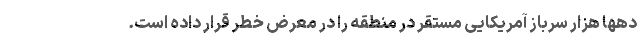
دهها هزار سرباز آمریکایی مستقر در منطقه را در معرض خطر قرار داده است.